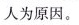
人为原因。